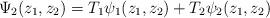
LaTeX: \begin{align*}\Psi_2 (z_1 , z_2 )=T_1 \psi_1 (z_1 , z_2 )+T_2 \psi_2 (z_1 ,z_2 )\end{align*}